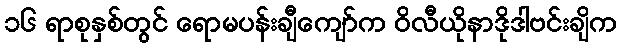
၁၆ ရာစုနှစ်တွင် ရောမပန်းချီကျော်က ဝိလီယိုနာဒိုဒါဗင်းချိက